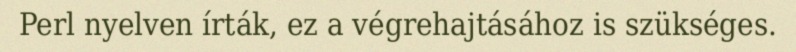
Perl nyelven írták, ez a végrehajtásához is szükséges.